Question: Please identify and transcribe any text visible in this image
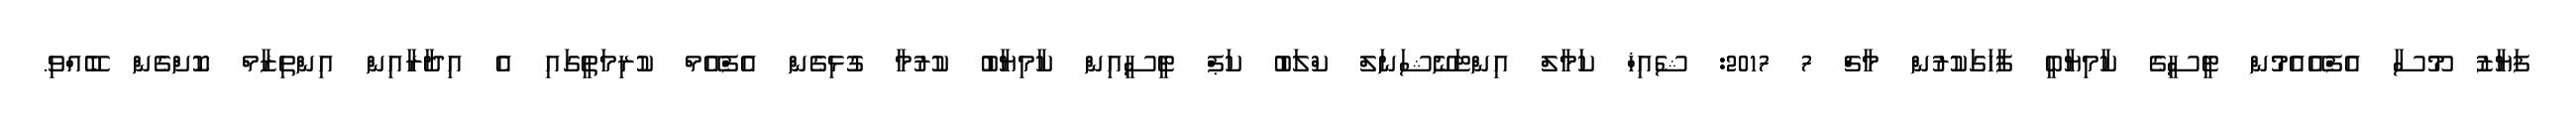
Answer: ފަޔާޒު މޫސާ އެފްއޭއެމުން ޓީސީގެ ކާމިޔާބީ ފާހަގަކުރުން މާޗް 7 2017: ޝެއިޚް ކަމާލް އިންޓަނޭޝަނަލް ކްލަބު ކަޕް ޓީސީއިން ކާމިޔާބު ކުރުމާ ގުޅިގެން އެފްއޭމް ކުރިމަތީގައި އެ އިދާރާއިން އިންތިޒާމް ކޮށްގެން ބޭއްވި.